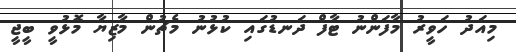
މިއަދު ހަވީރު މާފަންނު ޓާފް ދަނޑުގައި ކުޅުނު މެޗުން މާޒިޔާ މޮޅުވީ ބީޖީ